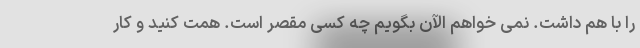
را با هم داشت. نمی خواهم الآن بگویم چه کسی مقصر است. همت کنید و کار